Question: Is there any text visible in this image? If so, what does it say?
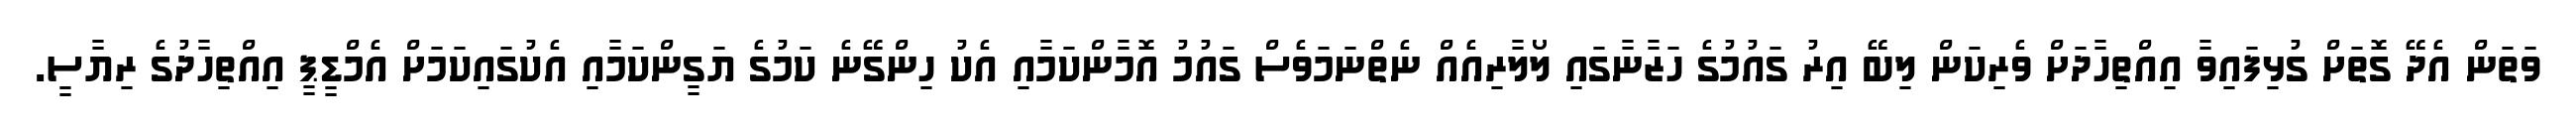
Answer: ވަތަން އެދޭ ގޮތަށް ގުޅިފައިވާ އިއްތިހާދަށް ވެރިކަން ލިބޭ އިރު ގައުމުގެ ހަޒާނާގައި ލޯލާރިއެއް ނެތްނަމަވެސް ގައުމު އޮމާންކަމާއި އެކު ހިންގޭނެ ކަމުގެ ޔަގީންކަމާއި އެކުގައިކަމަށް އެމްޑީޕީ އިއްތިހާދުގެ ރިޔާސީ.